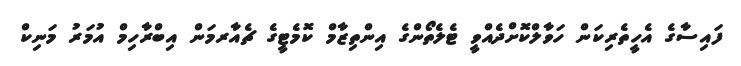
ފައިސާގެ އެހީތެރިކަން ހަވާލްކޮށްދެއްވީ ޓެލެތޯންގެ އިންތިޒާމް ކޮމެޓީގެ ޗެއާރމަން އިބްރާހިމް އުމަރު މަނިކް